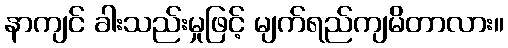
နာကျင် ခါးသည်းမှုဖြင့် မျက်ရည်ကျမိတာလား။